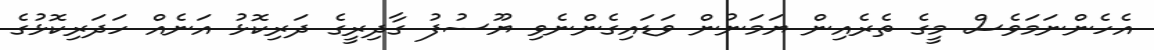
އެހެންނަމަވެސް މީގެ ތެރެއިން ޔަމަނުން ވަޑައިގެންނެވި ޔޫސުފު ގާދިރީގެ ދަރިކޮޅު އަނެއް ހަދަރިކޮޅުގެ